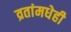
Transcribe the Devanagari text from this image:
व्रतांमधेही